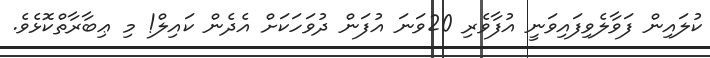
ކުލައިން ފަވާލެވިފައިވަނީ އުފާވެރި 20ވަނަ އުފަން ދުވަހަކަށް އެދެން ކައިލް! މި ޢިބާރާތްކޮޅެވެ.